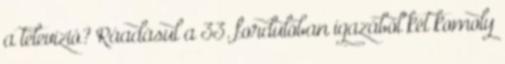
a televízió? Ráadásul a 33. fordulóban igazából két komoly